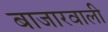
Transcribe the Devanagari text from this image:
बाजारवाली